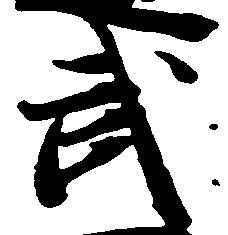
武